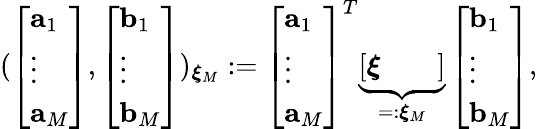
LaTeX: (\left[\begin{array}{l}{\mathbf{a}_{1}}\\ {\vdots}\\ {\mathbf{a}_{M}}\end{array}\right],\left[\begin{array}{l}{\mathbf{b}_{1}}\\ {\vdots}\\ {\mathbf{b}_{M}}\end{array}\right])_{\boldsymbol{\xi}_{M}}:=\left[\begin{array}{l}{\mathbf{a}_{1}}\\ {\vdots}\\ {\mathbf{a}_{M}}\end{array}\right]^{T}\underbrace{\left[\begin{array}{lll}{\boldsymbol{\xi}}&{}&{}\end{array}\right]}_{=:\boldsymbol{\xi}_{M}}\left[\begin{array}{l}{\mathbf{b}_{1}}\\ {\vdots}\\ {\mathbf{b}_{M}}\end{array}\right],